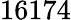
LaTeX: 16174